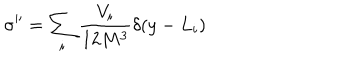
\sigma ^ { \prime \prime } = \sum _ { i } \frac { V _ { i } } { 1 2 M ^ { 3 } } \delta ( y - L _ { i } ) ~ ~ ~